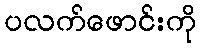
ပလက်ဖောင်းကို